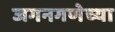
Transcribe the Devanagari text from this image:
जगनगणेच्या